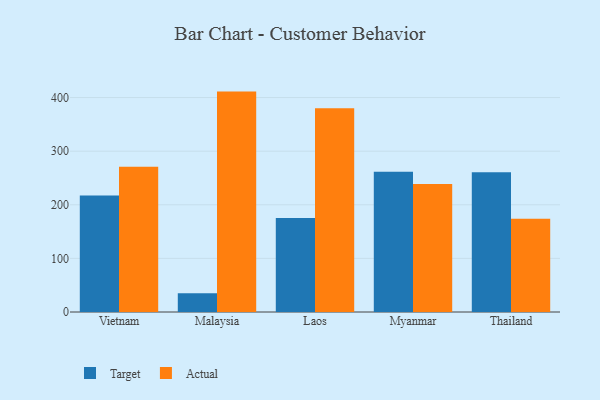
{"axis": {"x": "Country", "y": "Backlog"}, "legend": ["Actual", "Target"], "data": [{"x": "Vietnam", "y": 217.3, "type": "Target"}, {"x": "Vietnam", "y": 270.7, "type": "Actual"}, {"x": "Malaysia", "y": 34.8, "type": "Target"}, {"x": "Malaysia", "y": 411.1, "type": "Actual"}, {"x": "Laos", "y": 175.1, "type": "Target"}, {"x": "Laos", "y": 379.9, "type": "Actual"}, {"x": "Myanmar", "y": 261.5, "type": "Target"}, {"x": "Myanmar", "y": 238.6, "type": "Actual"}, {"x": "Thailand", "y": 260.7, "type": "Target"}, {"x": "Thailand", "y": 173.8, "type": "Actual"}]}